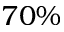
7 0 \%